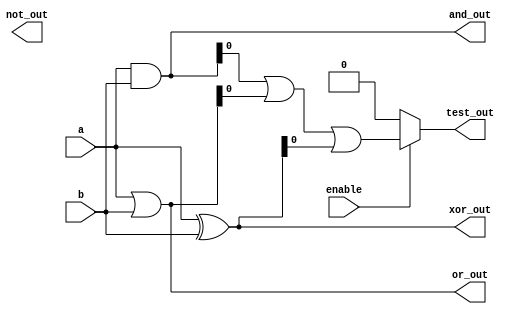
module AdjacencyGroup (
    input wire [3:0] a,          // 4-bit input vector
    input wire [3:0] b,          // 4-bit input vector
    input wire enable,           // Enable signal for testing
    output wire [3:0] and_out,   // AND output
    output wire [3:0] or_out,    // OR output
    output wire [3:0] not_out,   // NOT output
    output wire [3:0] xor_out,   // XOR output
    output wire test_out          // Test output for verification
);

// Internal signals for logic operations
wire [3:0] not_a;
wire [3:0] not_b;

// Logic operations
assign and_out = a & b;             // AND operation
assign or_out = a | b;              // OR operation
assign not_a = ~a;                  // NOT operation on a
assign not_b = ~b;                  // NOT operation on b
assign xor_out = a ^ b;             // XOR operation

// Test output for verification (can be customized)
assign test_out = enable ? (and_out | or_out | xor_out) : 4'b0000;

// Additional considerations for timing and performance can be added here
// For example, you can use generate blocks for scalability or instantiate other modules

endmodule